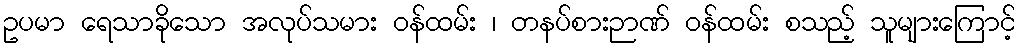
ဥပမာ ရေသာခိုသော အလုပ်သမား ဝန်ထမ်း ၊ တနပ်စားဉာဏ် ဝန်ထမ်း စသည့် သူများကြောင့်